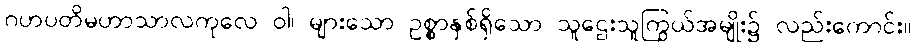
ဂဟပတိမဟာသာလကုလေ ဝါ၊ များသော ဥစ္စာနှစ်ရှိသော သူဌေးသူကြွယ်အမျိုး၌ လည်းကောင်း။